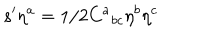
s ^ { \prime } \eta ^ { a } = 1 / 2 C ^ { a } { } _ { b c } \eta ^ { b } \eta ^ { c }